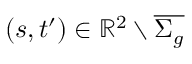
( s , t ^ { \prime } ) \in \mathbb { R } ^ { 2 } \setminus \overline { { \Sigma _ { g } } }